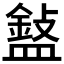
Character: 𥂲